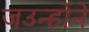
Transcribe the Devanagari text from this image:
जउन्होंने